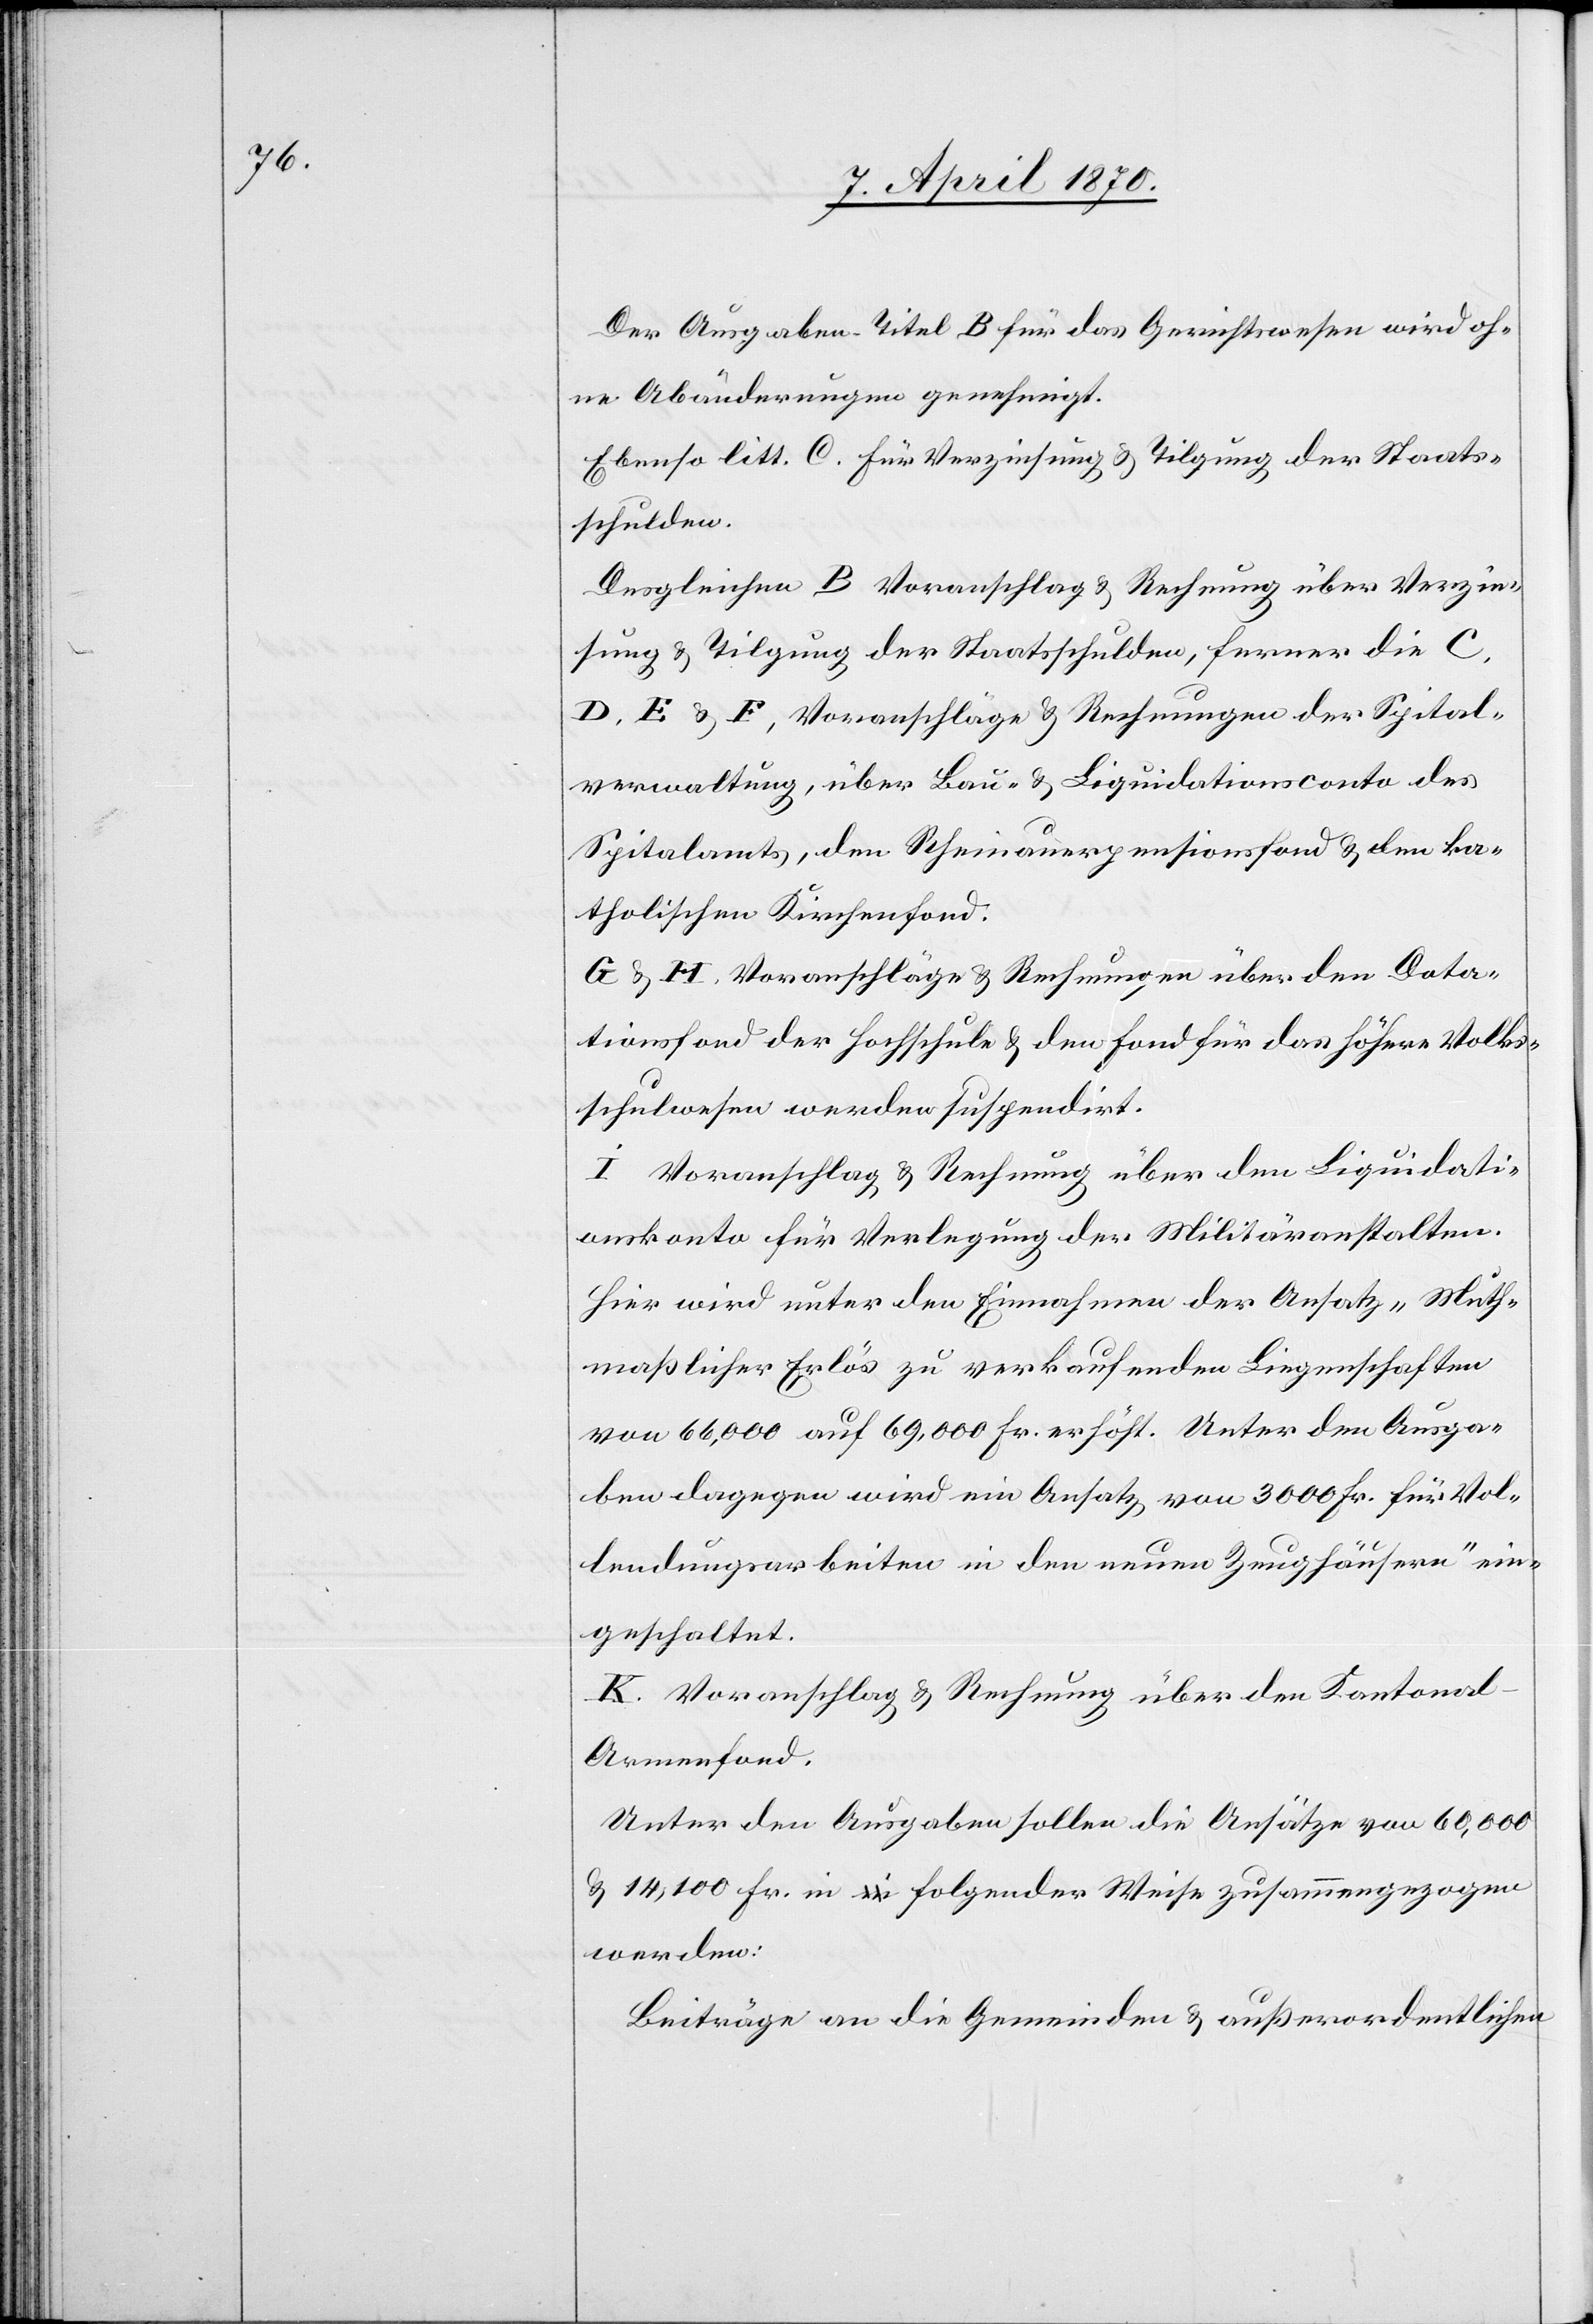
Der Ausgaben-Titel B für das Gerichtswesen wird oh¬
ne Abänderungen genehmigt.
Ebenso litt. C. für Verzinsung & Tilgung der Staats¬
schulden.
Desgleichen B Voranschlag & Rechnung über Verzin¬
sung & Tilgung der Staatsschulden, ferner die C,
D, E & F, Voranschläge & Rechnungen der Spital¬
verwaltung, über Bau- & Liquidationsconto des
Spitalamts, den Rheinauerpensionsfond & den ka¬
tholischen Kirchenfond.
G & H. Voranschläge Rechnungen über den Dota¬
tionsfond der Hochschule & den Fond für das höhere Volks¬
schulwesen werden suspendirt.
I. Voranschlag & Rechnung über dem Liquidati¬
onskonto für Verlegung der Militäranstalten.
Hier wird unter den Einnahmen der Ansatz „Muth¬
maßlicher Erlös zu verkaufender Liegenschaften[“]
von 66,000 auf 69,000 Fr. erhöht. Unter den Ausga¬
ben dagegen wird ein Ansatz von 3000 Fr. [„]für Vol¬
lendungsarbeiten in den neuen Zeughäusern“ ein¬
geschaltet.
K. Voranschlag & Rechnung über den Kantona¬
l-Armenfond.
Unter den Ausgaben sollen die Ansätze von 60,000
& 14,100 Fr. in folgender Weise zusammengezogen
werden:
Beiträge an die Gemeinden & außerordentlichen